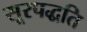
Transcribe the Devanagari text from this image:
सूरपद्धति